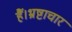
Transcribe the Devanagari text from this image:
हैं।भ्रष्टाचार